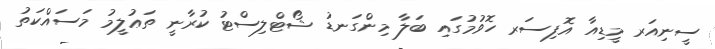
ސީނިއަރ މީޑިއާ އޮފިސަރ ހޮވުމުގައި ބަލާ މިންގަނޑު ޝޯޓްލިސްޓު ކުރާނީ ތަޢުލީމު މަސައްކަތު